Lunatic asylums Madras 1892-1911 - 1892-1911
Year: 1892
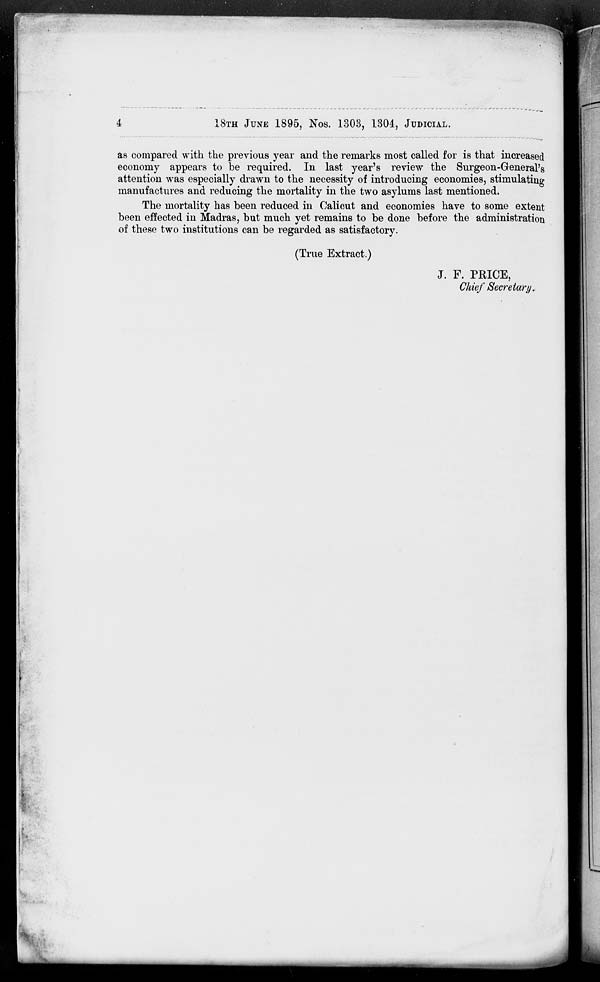
'
18TH JUNE 1895, Nos. 1303, 1304, JUDICIAL.
as compared with the previous year and the remarks most called for is that increased
economy appears to be required. In last year's review the Surgeon-General's
attention was especially drawn to the necessity of introducing economies, stimulating
manufactures and reducing the mortality in the two asylums last mentioned.
The mortality has been reduced in Calicut and economies have to some extent
been effected in Madras, but much yet remains to be done before the administration
of these two institutions can be regarded as satisfactory.
(True Extract.)
J. F. PRICE,
Chief Secretary.